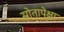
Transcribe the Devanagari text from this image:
स्रोतापेक्षा